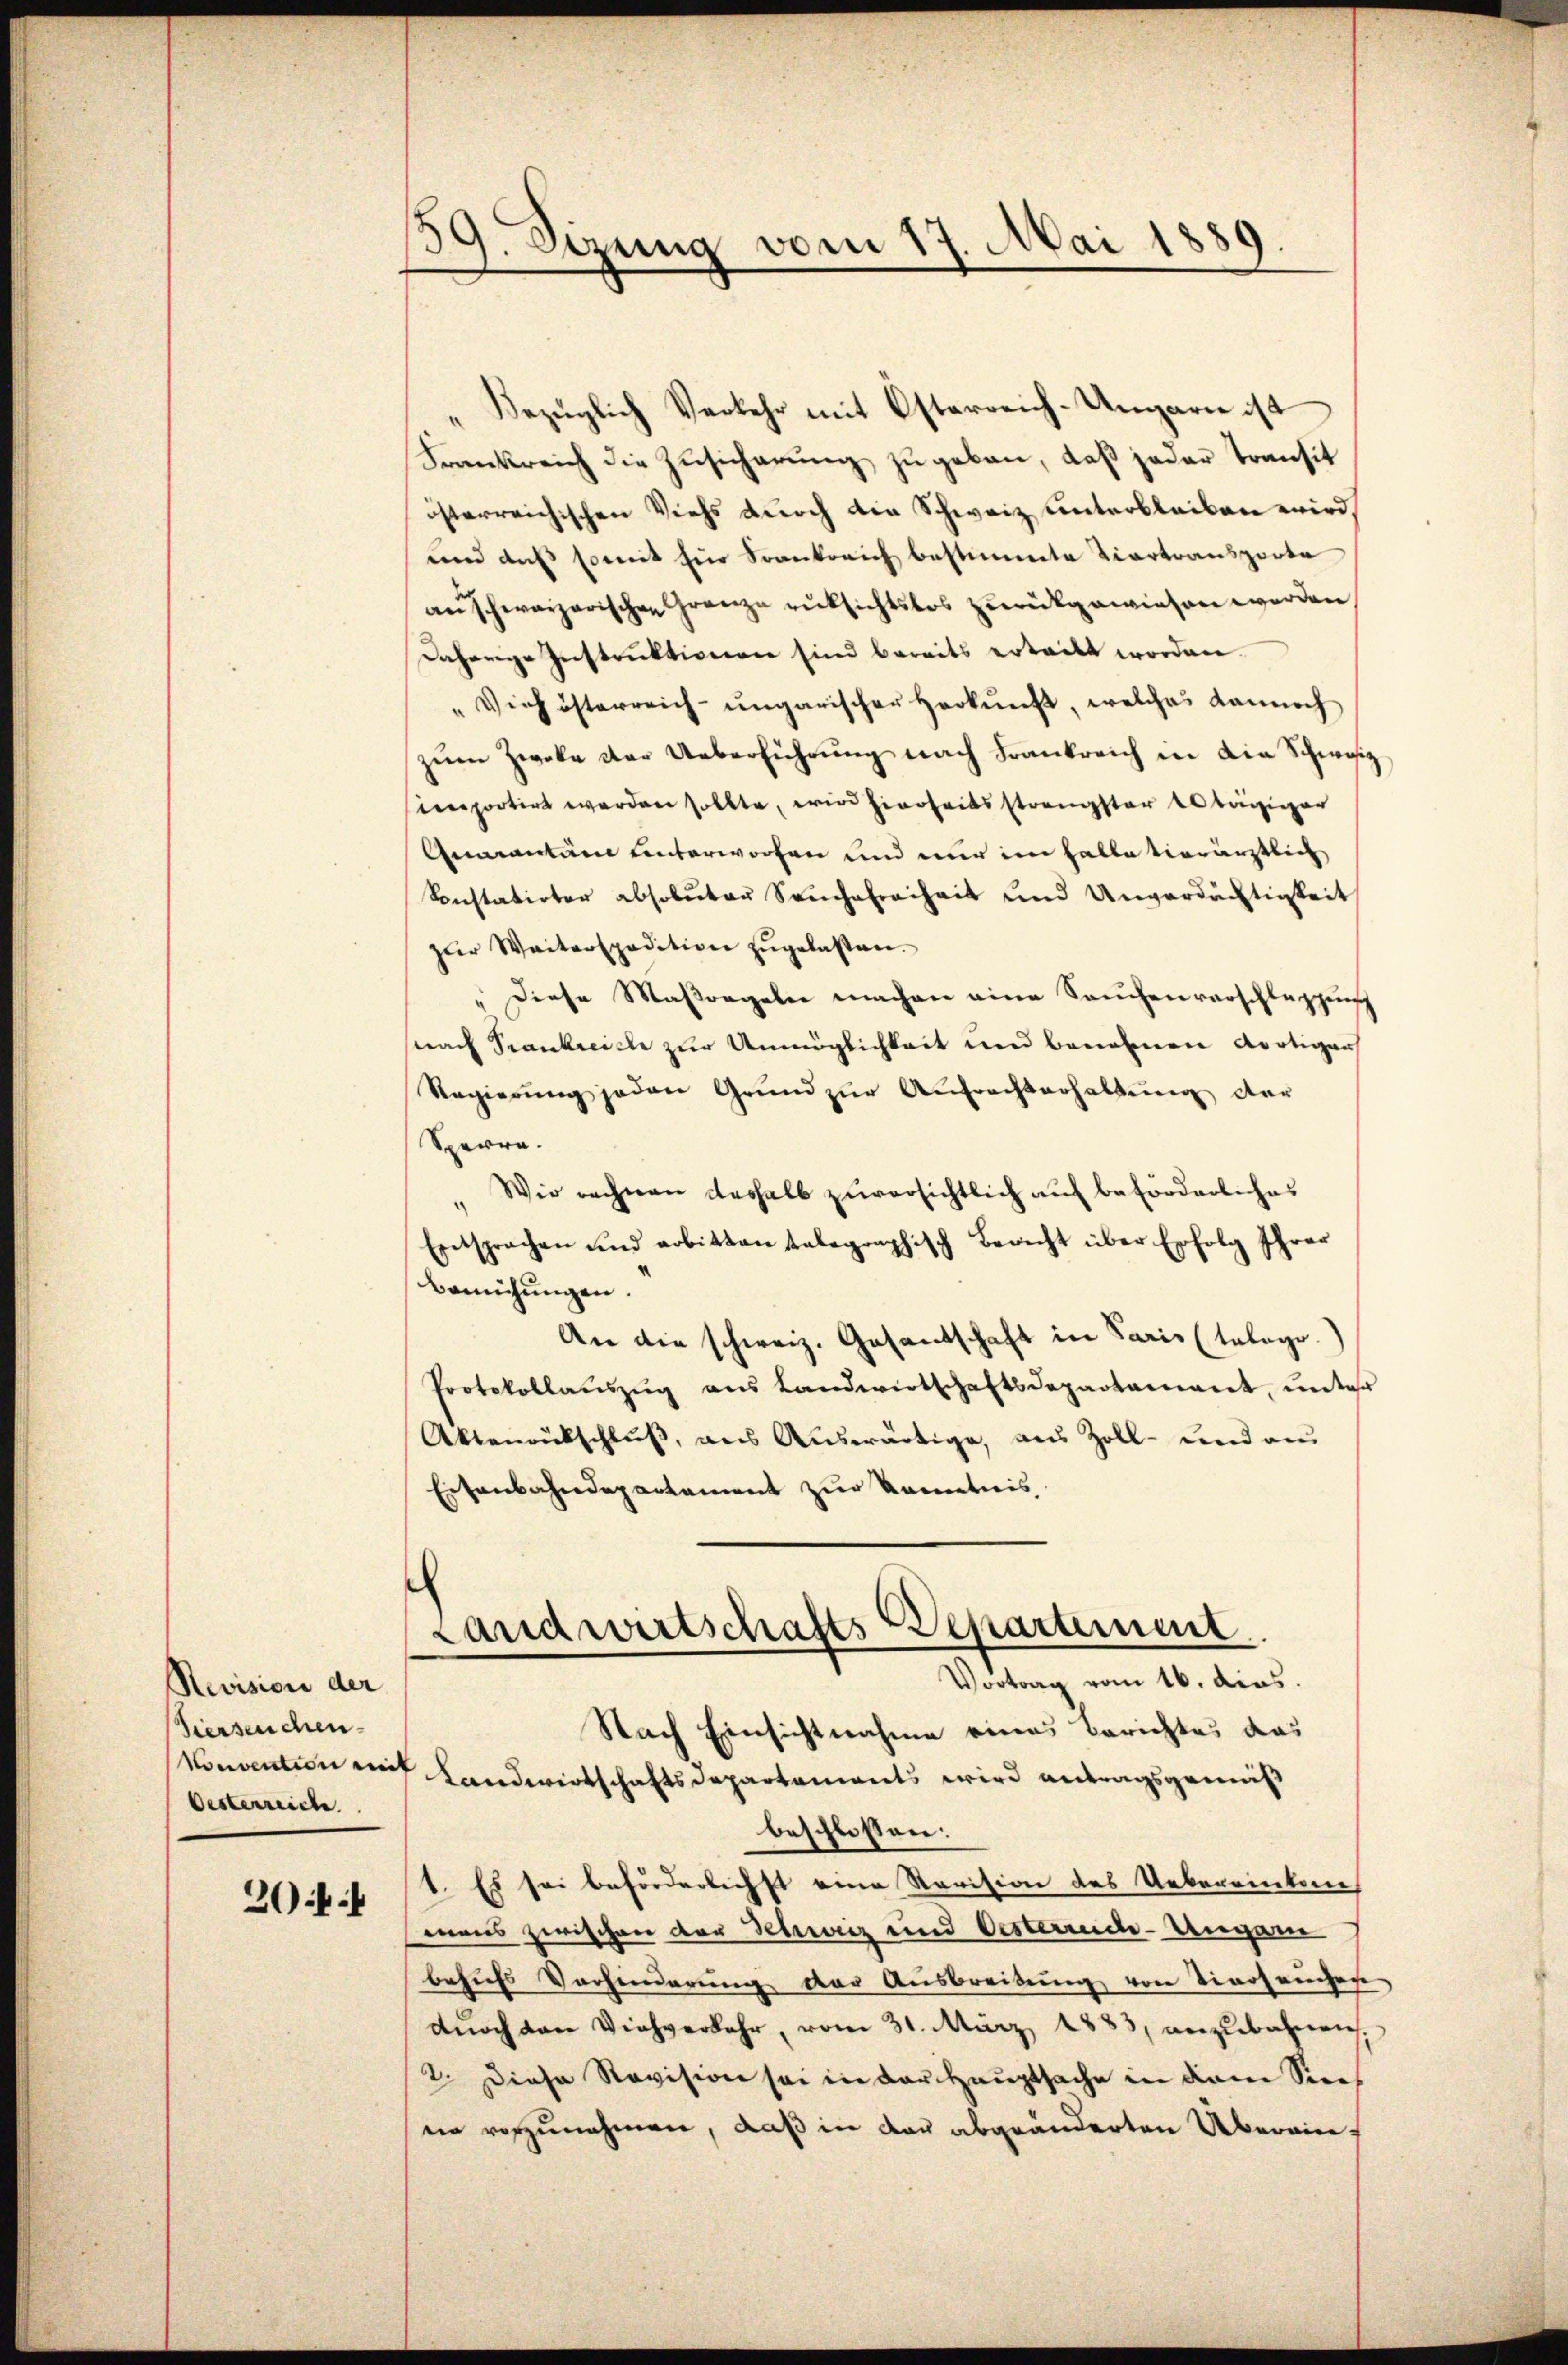
Revision der
Hierseuchen.
Oesterreiche

20 ff

59. Sizung vom 17. Mai 1889.

„Bezüglich Verkehr mit Osterreich-Ungarn ist
Frankreich die Zŭsicherŭng zŭ geben, daβ jeder Transit
österreichischen Viehs durch die Schweiz unterbleiben wird,
und daß somit für Frankreich bestimmte Viertransporte
au schwarzerischen Granze rücksichtslos zurückgewiesen werden
Daherige Instruktioniren sind bereits erteilt worden.
" Vieh österreich-ungarischer Herkunft, welches dannoch
zŭm Zweke der Ueberführung nach Frankreich in die Schweiz
simportirt werden sollte, wird hierheitsstrengster es tägiger
Quarantare unterworfen und nur im Halle vierärztlich
Konstatirter absoluter Sachefreiheit und Unverdächtigkeit
zŭr Weiterspadition zŭgelassen.
diese Maßregeln machen eine Sachenvorschleppung
snach Prankreich zur Unmöglichkeit und benohmen dortiger
Regierŭng jeden Grŭnd zŭr Aŭfrachterhaltŭng der
Sperre.
Wir rechnen deshalb zuversichtlich auf beförderliches
Entsprachen und arbitten telegraphisch Bericht über Erfolg Ihrer
Bemühungen.
An die schweiz. Gesandschaft in Paris (taloge.)
Protokollaŭszŭg ans Landwirtschaftsdepartament, ŭnter
Aktenrutschluß, aus Auswärtige, aus Zoll- und au
Eisenbahndepartement zur Kenntnis,
Landwirtschafts-Departement
Vortrag vom 16. dies.
Nach Einsichtnahme eines Berichtes das
Konvention auf Landwirtschaftsdepartaments wird antragsgemäß
beschlossen:
1. Es sei beförderlichst eine Revision des Uebereinkene
mans zwischen der Schweiz und Oesterrede-Ungarn
behufs Verhinderung der Ausbreitung von Tierseuchen
dŭrch den Viehverkehr, vom 31. März 1883, anzubahnen.
2. Diese Revision sei in der Hauptsache in dem Siees
nin vorzunehmen, daß in der abgeänderten Überein¬